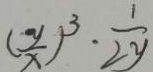
( \frac { y } { x } ) ^ { 3 } \cdot \frac { 1 } { 2 y }